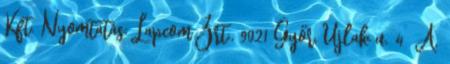
Kft. Nyomtatás: Lapcom Zrt., 9021 Győr, Újlak u. 4 A.